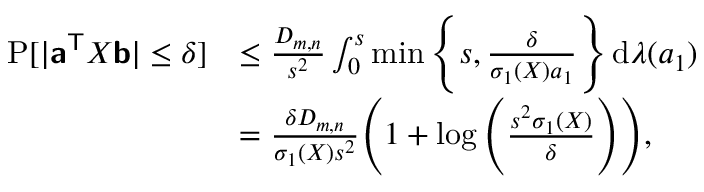
\begin{array} { r l } { \operatorname { P } [ | \ensuremath { { \boldsymbol { \mathsf { a } } } ^ { \mathsf { T } } } { \boldsymbol { X } } { \boldsymbol { \mathsf { b } } } | \leq \delta ] } & { \leq \frac { D _ { m , n } } { s ^ { 2 } } \int _ { 0 } ^ { s } \operatorname* { m i n } \Bigg \{ s , \frac { \delta } { \sigma _ { 1 } ( { \boldsymbol { X } } ) a _ { 1 } } \Bigg \} \, \mathrm d \lambda ( a _ { 1 } ) } \\ & { = \frac { \delta D _ { m , n } } { \sigma _ { 1 } ( { \boldsymbol { X } } ) s ^ { 2 } } \Bigg ( 1 + \log \Bigg ( \frac { s ^ { 2 } \sigma _ { 1 } ( { \boldsymbol { X } } ) } { \delta } \Bigg ) \Bigg ) , } \end{array}